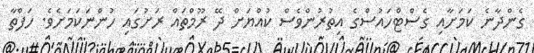
ގެންދާނެ ކަމަށާއި ގެސްޓްހައުސްގެ އިތުރުންވެސް ކުއްޔަށް ދޭ ރޫމްތައް ރަށުގައި ހުންނަކަމަށެވެ. ހަފްތާ